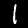
Digit: 1